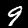
Label: 9